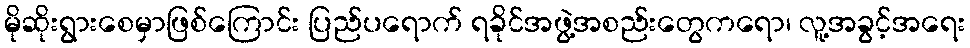
မိုဆိုးရွားစေမှာဖြစ်ကြောင်း ပြည်ပရောက် ရခိုင်အဖွဲ့အစည်းတွေကရော၊ လူ့အခွင့်အရေး